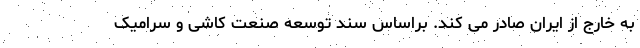
به خارج از ایران صادر می کند. براساس سند توسعه صنعت کاشی و سرامیک